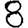
Digit: 8